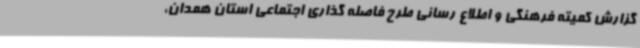
گزارش کمیته فرهنگی و اطلاع رسانی طرح فاصله گذاری اجتماعی استان همدان،